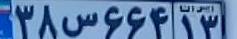
۳۸س۶۶۴۱۳